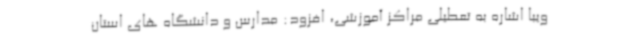
ویبا اشاره به تعطیلی مراکز آموزشی، افزود: مدارس و دانشگاه های استان